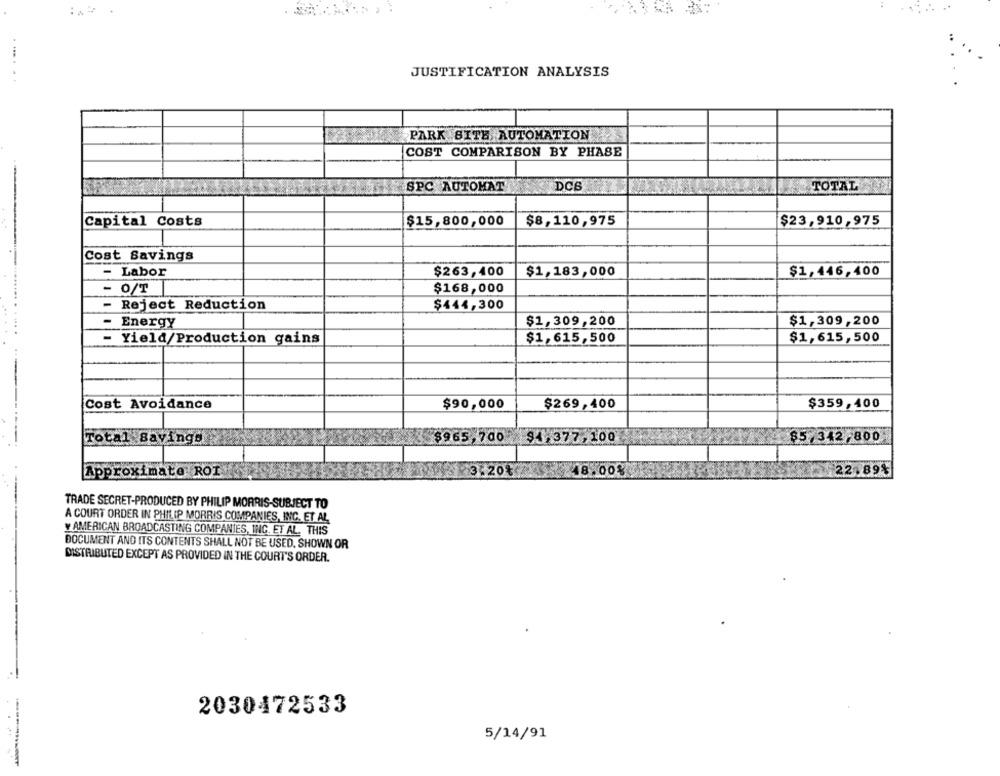
JUSTIFICATION ANALYSIS
PARK BITE AUTOMATION
COST COMPARISON BY PHASE
SPC AUTOMAT
DCS
TOTAL
Capital Costs
$15,800,000
$8,110,975
$23,910,975
Cost Savings
- Labor
$263,400
$1,183,000
$1,446,400
- O/T
$168,000
- Reject Reduction
$444,300
- Energy
$1,309,200
$1,309,200
- Yield/Production gains
$1,615,500
$1,615,500
Cost Avoidance
$90,000
$269,400
$359,400
Total Savings
$965,700 $1,377,100
85,342,800
Approximate ROI
3.20%
48.00%
22.89%
TRADE SECRET-PRODUCED BY PHILIP MORRIS-SUBJECT TO
A COURT ORDER IN PHILIP MORRIS COMPANIES, INC. ET AL
Y AMERICAN BROADCASTING COMPANIES, INC. ET AL. THIS
DOCUMENT AND ITS CONTENTS SHALL NOT BE USED, SHOWN OR
DISTRIBUTED EXCEPT AS PROVIDED IN THE COURT'S ORDER.
2030472533
5/14/91